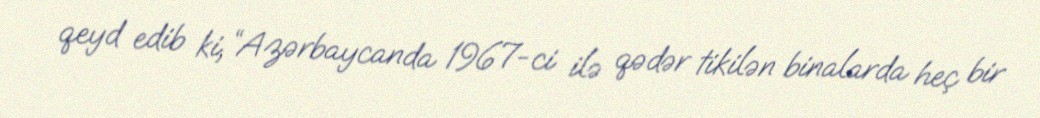
qeyd edib ki, “Azərbaycanda 1967-ci ilə qədər tikilən binalarda heç bir